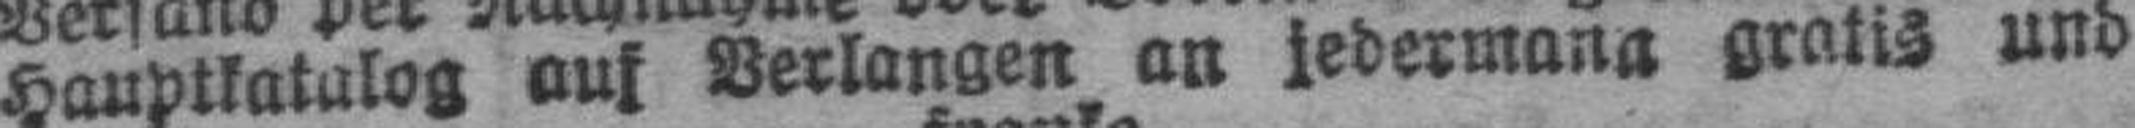
Hauptkatalog auf Verlangen an jedermann gratis und